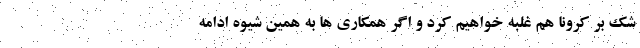
شک بر کرونا هم غلبه خواهیم کرد و اگر همکاری ها به همین شیوه ادامه